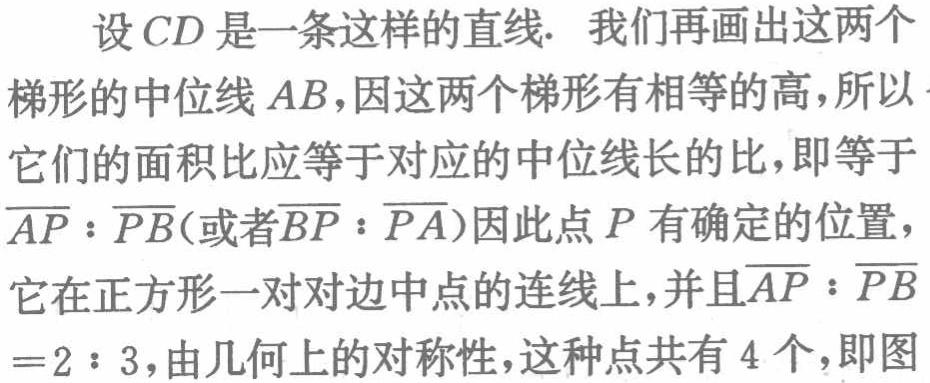
设 \(CD\) 是一条这样的直线. 我们再画出这两个

梯形的中位线 \(AB\)，因这两个梯形有相等的高，所以

它们的面积比应等于对应的中位线长的比，即等于

\(\overline{AP}:\overline{PB}\)(或者\(\overline{BP}:\overline{PA}\))因此点 \(P\) 有确定的位置，

它在正方形一对对边中点的连线上，并且\(\overline{AP}:\overline{PB}\)

\( = 2:3\)，由几何上的对称性，这种点共有 \(4\) 个，即图